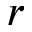
r